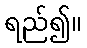
ရည်၍။